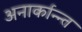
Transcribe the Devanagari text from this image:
अनार्कान्न्त